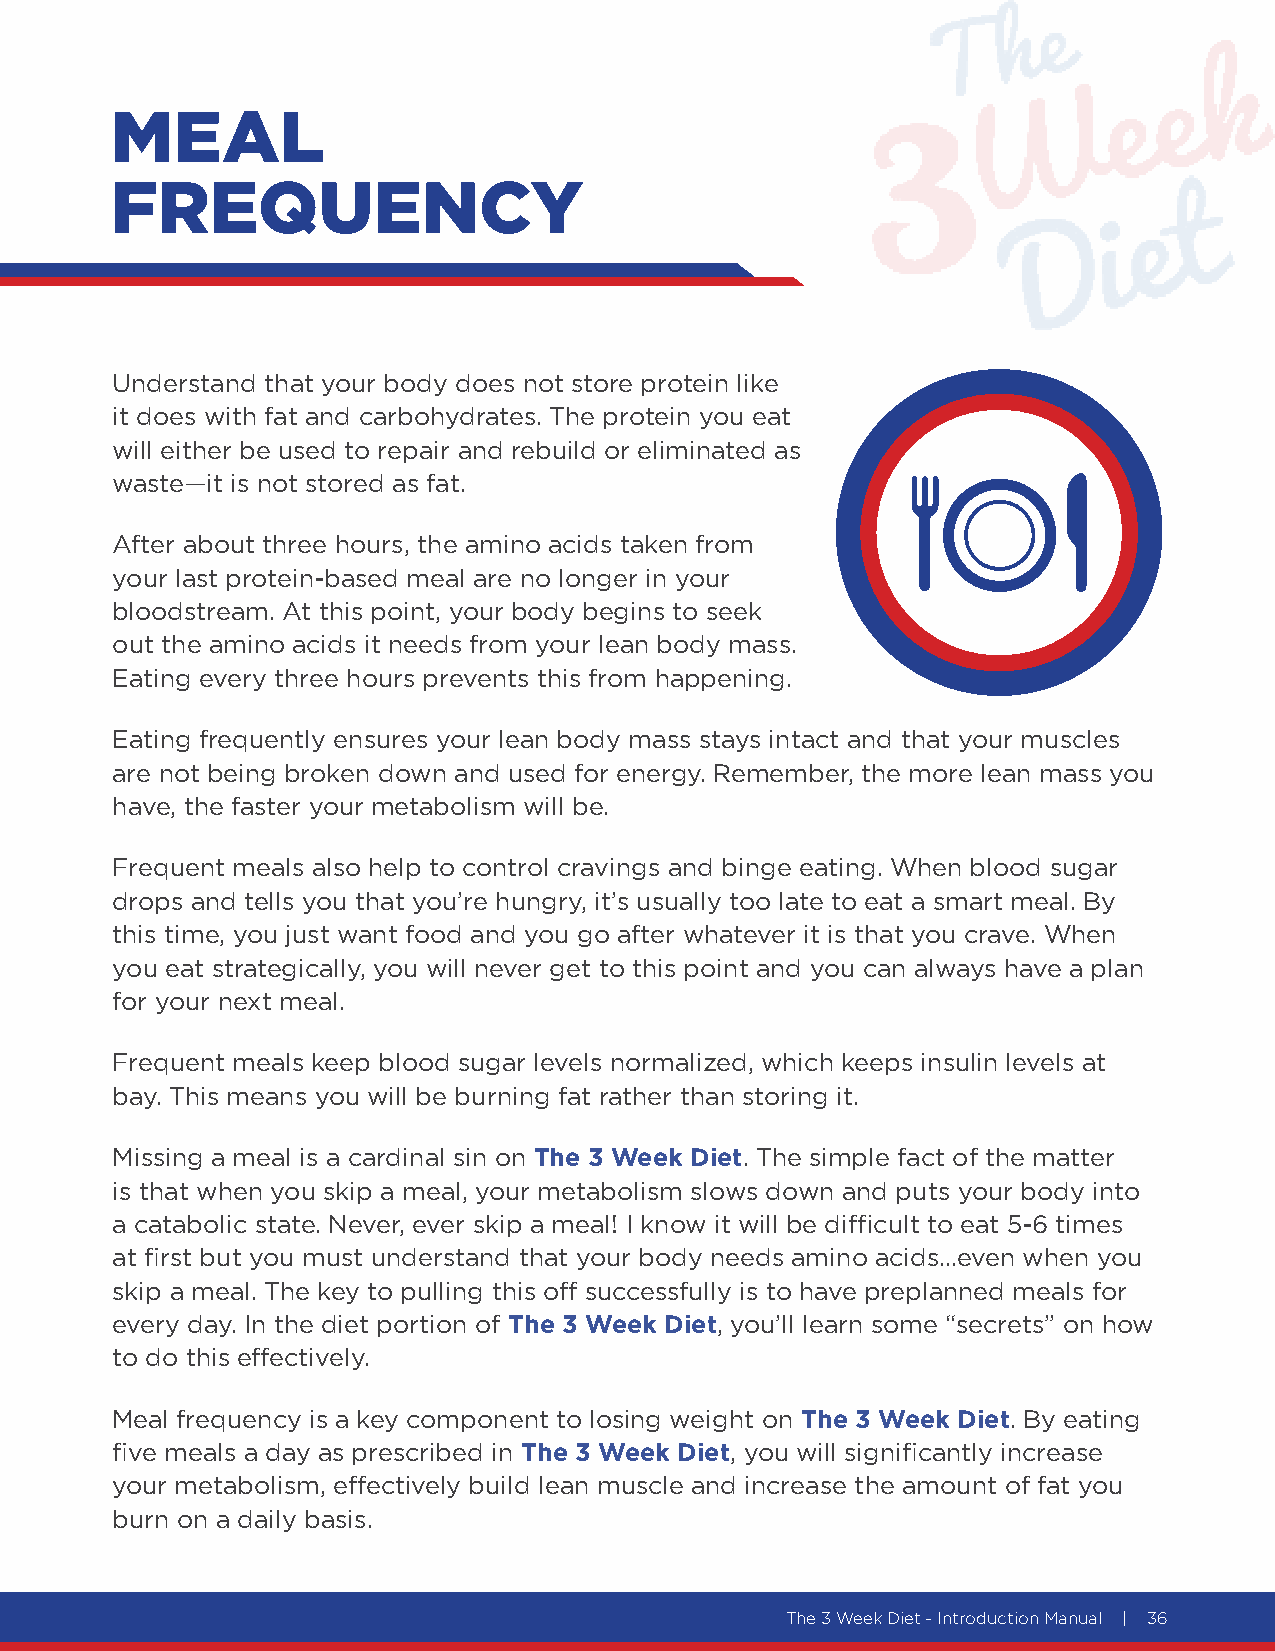
MEAL
 FREQUENCY
 Understand that your body does not store protein like
 it does with fat and carbohydrates. The protein you eat
 will either be used to repair and rebuild or eliminated as
 waste—it is not stored as fat.
 After about three hours, the amino acids taken from
 your last protein-based meal are no longer in your
 bloodstream. At this point, your body begins to seek
 out the amino acids it needs from your lean body mass.
 Eating every three hours prevents this from happening.
 Eating frequently ensures your lean body mass stays intact and that your muscles
 are not being broken down and used for energy. Remember, the more lean mass you
 have, the faster your metabolism will be.
 Frequent meals also help to control cravings and binge eating. When blood sugar
 drops and tells you that you’re hungry, it’s usually too late to eat a smart meal. By
 this time, you just want food and you go after whatever it is that you crave. When
 you eat strategically, you will never get to this point and you can always have a plan
 for your next meal.
 Frequent meals keep blood sugar levels normalized, which keeps insulin levels at
 bay. This means you will be burning fat rather than storing it.
 Missing a meal is a cardinal sin on The 3 Week Diet. The simple fact of the matter
 is that when you skip a meal, your metabolism slows down and puts your body into
 a catabolic state. Never, ever skip a meal! I know it will be difficult to eat 5-6 times
 at first but you must understand that your body needs amino acids…even when you
 skip a meal. The key to pulling this off successfully is to have preplanned meals for
 every day. In the diet portion of The 3 Week Diet, you’ll learn some “secrets” on how
 to do this effectively.
 Meal frequency is a key component to losing weight on The 3 Week Diet. By eating
 five meals a day as prescribed in The 3 Week Diet, you will significantly increase
 your metabolism, effectively build lean muscle and increase the amount of fat you
 burn on a daily basis.
 The 3 Week Diet - Introduction Manual | 36